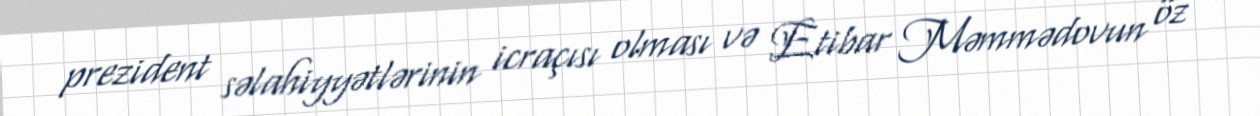
prezident səlahiyyətlərinin icraçısı olması və Etibar Məmmədovun öz